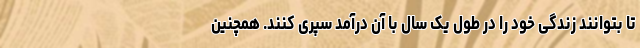
تا بتوانند زندگی خود را در طول یک سال با آن درآمد سپری کنند. همچنین